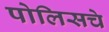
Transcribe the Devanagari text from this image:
पोलिसचे